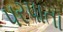
પરપાતા